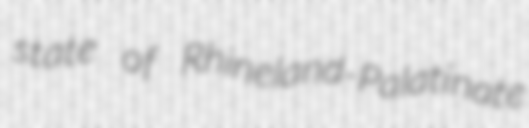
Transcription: state of Rhineland-Palatinate